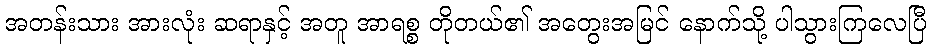
အတန်းသား အားလုံး ဆရာနှင့် အတူ အာရစ္စ တိုတယ်၏ အတွေးအမြင် နောက်သို့ ပါသွားကြလေပြီ